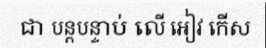
ជា បន្តបន្ទាប់ លើ អៀវ កើស